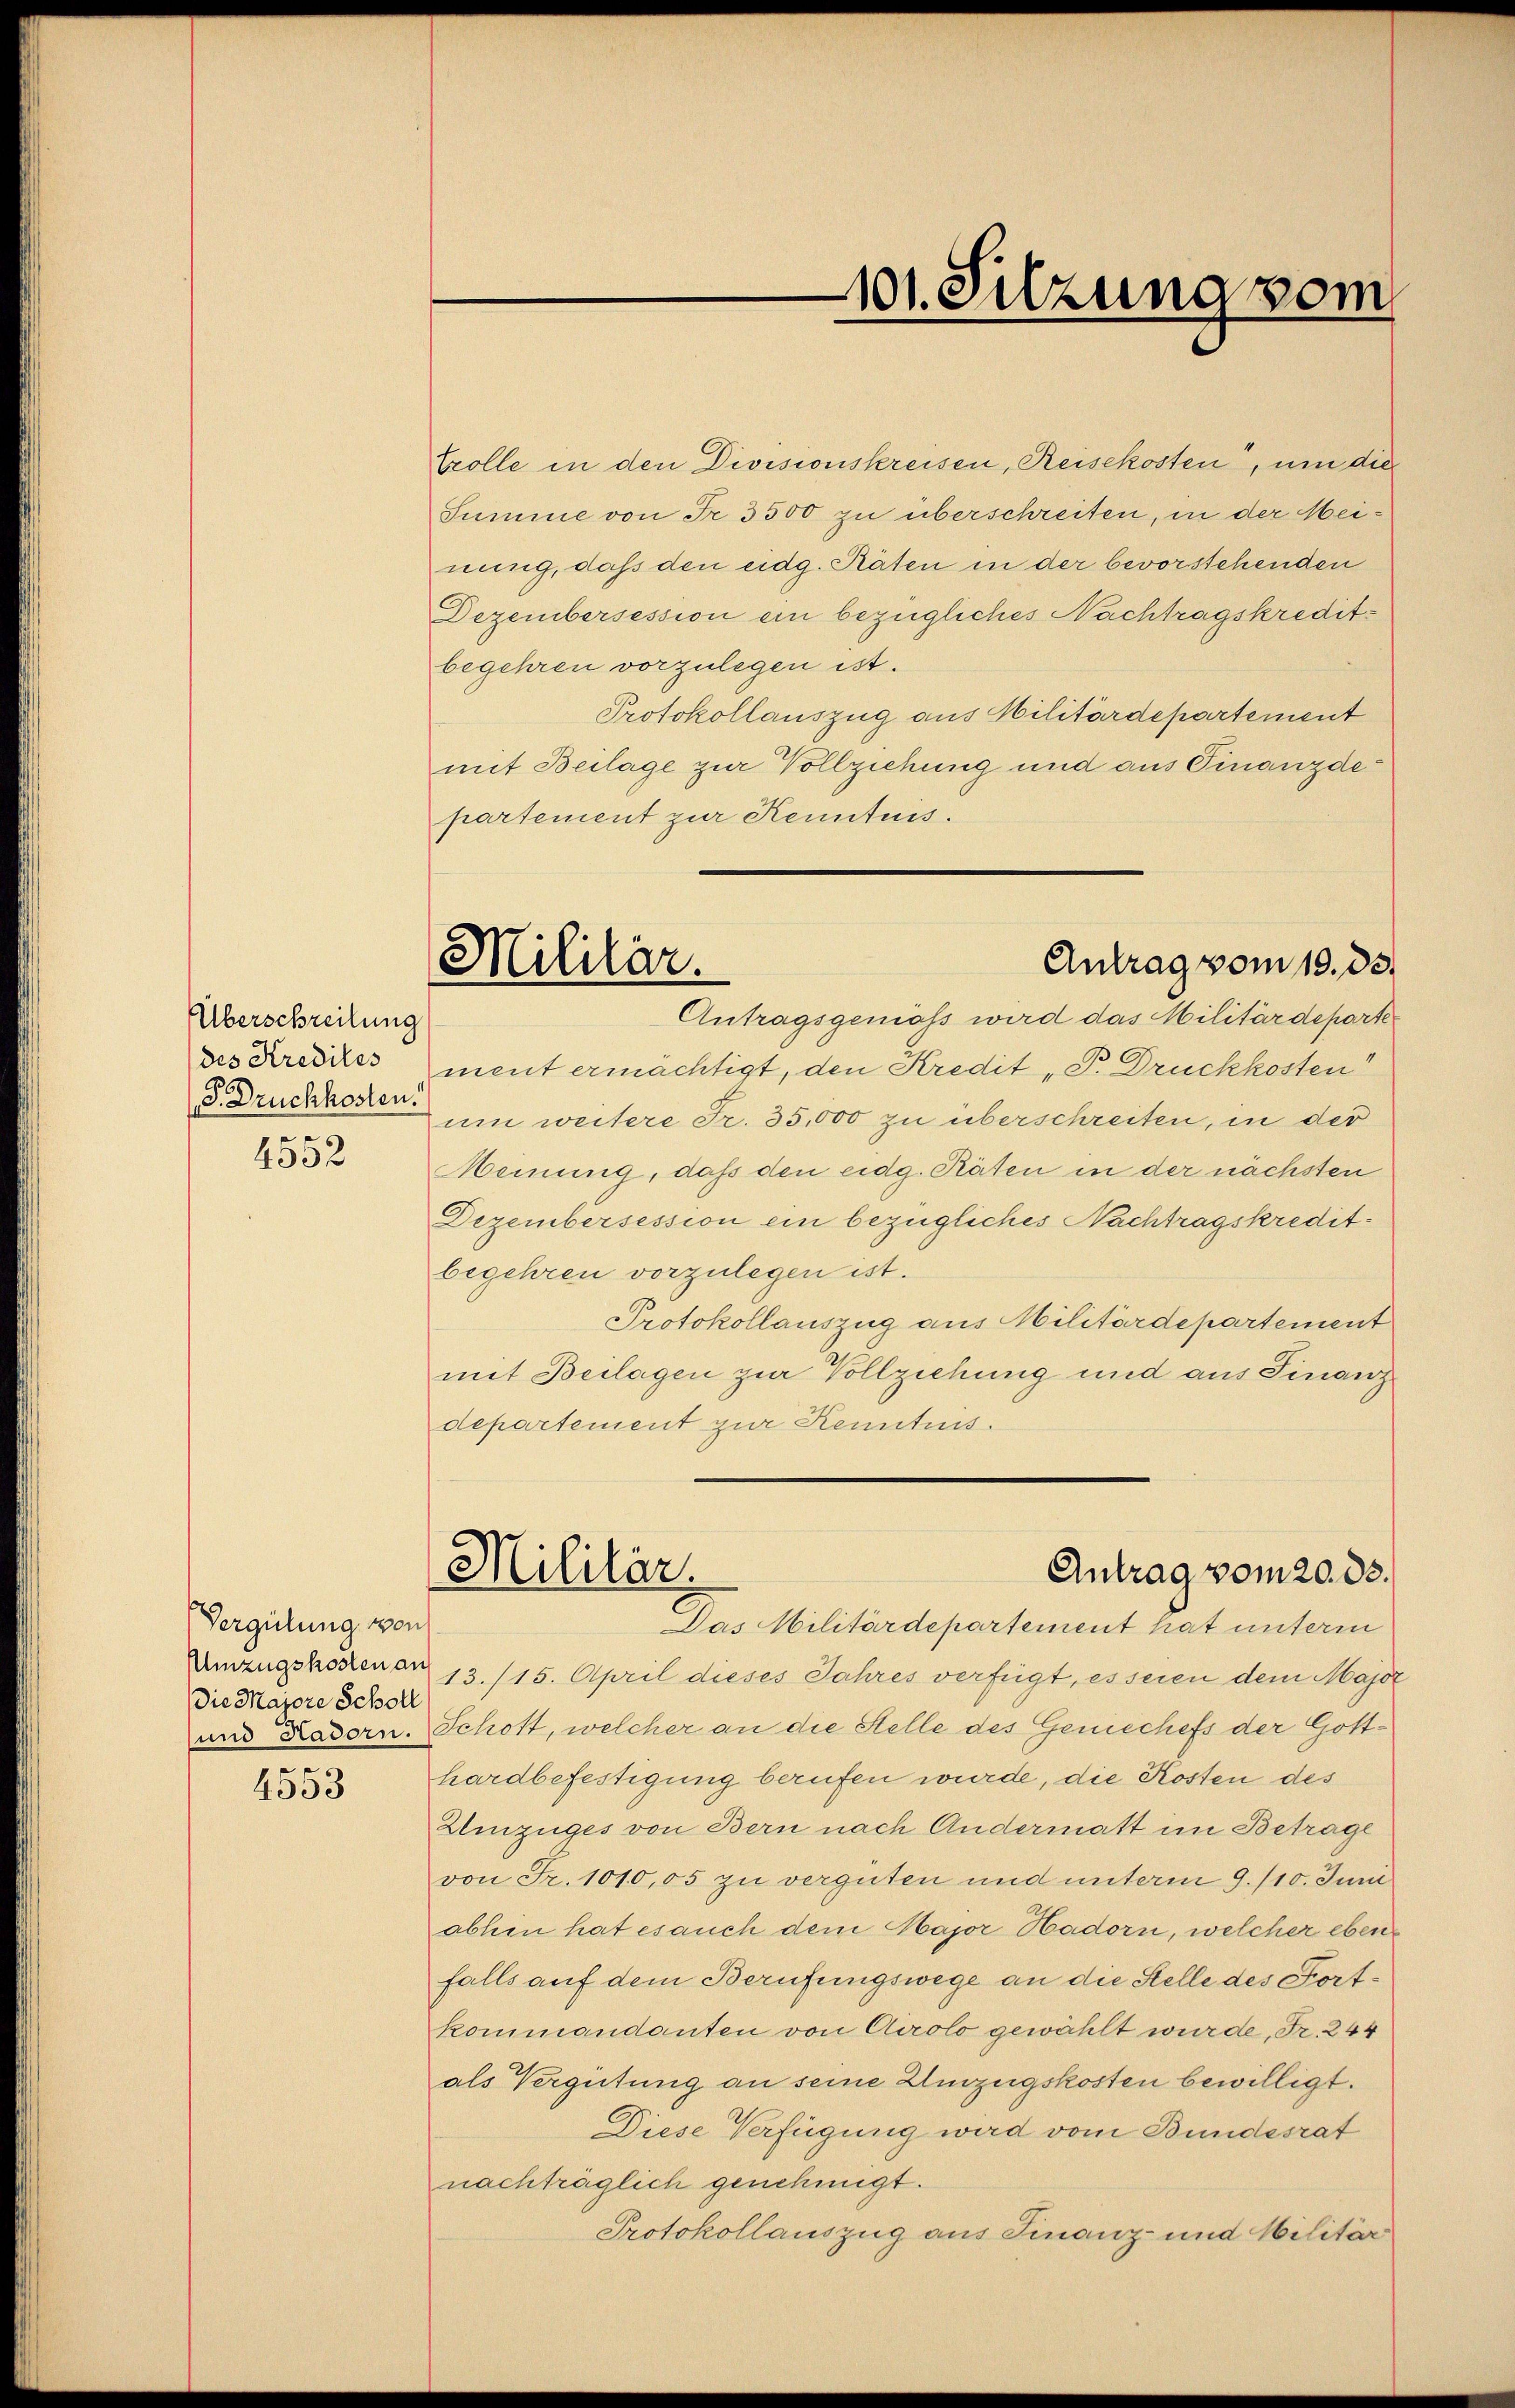
Überschreibung
des Kredites
167
d. Druckkosten.
4552

Vergütung von
Die Majore Scholl
und Hadorn.
9

4330

101. Silzung vom

Militär.
Antrag vom 19. ds.

trolle in den Divisionskreisen, Reisekosten, um die
Summe von Fr. 3500 zu überschreiten, in der Meinung, daß den eidg. Räten in der bevorstehenden
Dezembersession ein bezügliches Nachtragskredit-
begehren vorzulegen ist.
Protokollauszug aus Militärdepartement
mit Beilage zur Vollziehung und aus Finanzdepartement zur Kenntnis.
Antragsgeniess wird das Militärdeparte
ment ermächtigt, den Kredit „P. Druckkosten
um weitere Fr. 35,000 zu überschreiten, in der
Meinung, daß den eidg. Räten in der nächsten
Dezembersession ein bezügliches Nachtragskreditbegehren vorzulegen ist.
Protokollauszug aus Militärdepartement
mit Beilagen zur Vollziehung und aus Finanz
departement zur Kenntnis.
Militär.
Antrag vom 20. ds.
Das Militärdepartement hat unterm
Umzugskorenen 13. 115. April dieses Jahres verfügt, es seien dem Major
Schott, welcher an die Stelle des Geniechefs der Gotthardbefestigung berufen wurde, die Kosten des
Einzüges von Bern nach Andermatt im Betrage
von Fr. 1010,05 zu verguten und unterm 9./10. Juni
abhin hat es auch dem Major Hadorn, welcher ebenfalls auf dem Berufungswege an die Stelle des Fortkommandanten von Airolo gewählt wurde, Fr. 244
als Vergütung an seine Umzugskosten bewilligt.
Diese Verfügung wird vom Bundesrat
nachträglich genehmigt.
Protokollauszug aus Finanz- und Militär